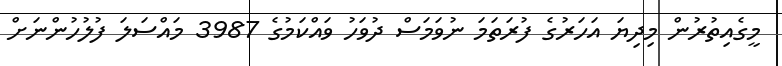
މީގެއިތުރުން މިދިޔަ އަހަރުގެ ފުރަތަމަ ނުވަމަސް ދުވަހު ވައްކަމުގެ 3987 މައްސަލަ ފުލުހުންނަށް